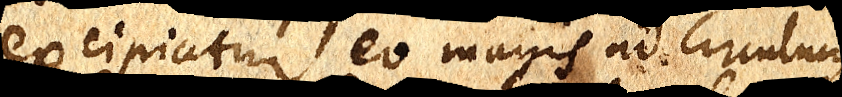
excipiatur, eo magis ad circulum